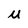
Character: M